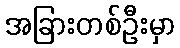
အခြားတစ်ဦးမှာ